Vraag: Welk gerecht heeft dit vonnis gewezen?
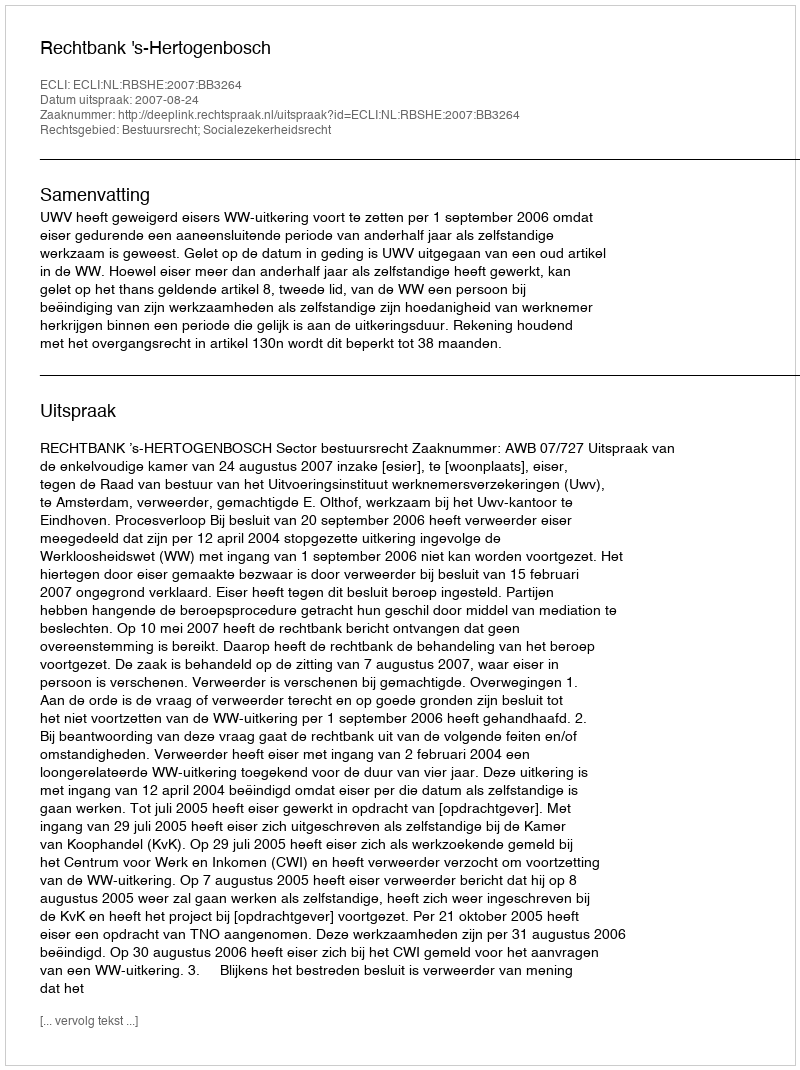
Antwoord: Rechtbank 's-Hertogenbosch